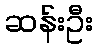
ဆန်းဦး